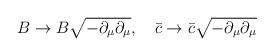
LaTeX: \begin{align*}B\rightarrow B\sqrt{-\partial_{\mu}\partial_{\mu}}, \ \ \ \bar{c}\rightarrow \bar{c}\sqrt{-\partial_{\mu}\partial_{\mu}}\end{align*}